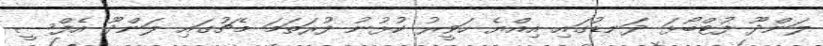
ލަންދޫ ފުޓްބޯޅަ ދަނޑުގައި އިއްޔެ ހަވީރު ކުޅުނު ފުރަތަމަ މެޗުގައި ލަންދޫ އެފްސީ